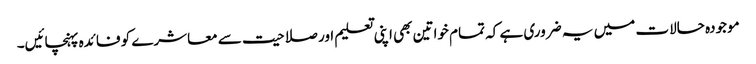
موجودہ حالات میں یہ ضروری ہے کہ تمام خواتین بھی اپنی تعلیم اور صلاحیت سے معاشرے کو فائدہ پہنچائیں۔